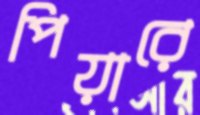
পিয়ারে